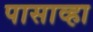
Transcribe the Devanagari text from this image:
पासाव्हा